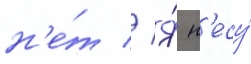
н'е́т // Я́ н'есу́